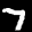
Label: 7